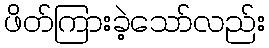
ဖိတ်ကြားခဲ့သော်လည်း